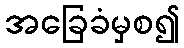
အခြေခံမှစ၍